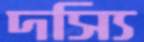
দস্যি